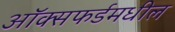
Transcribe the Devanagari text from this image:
ऑक्सफर्डमधील